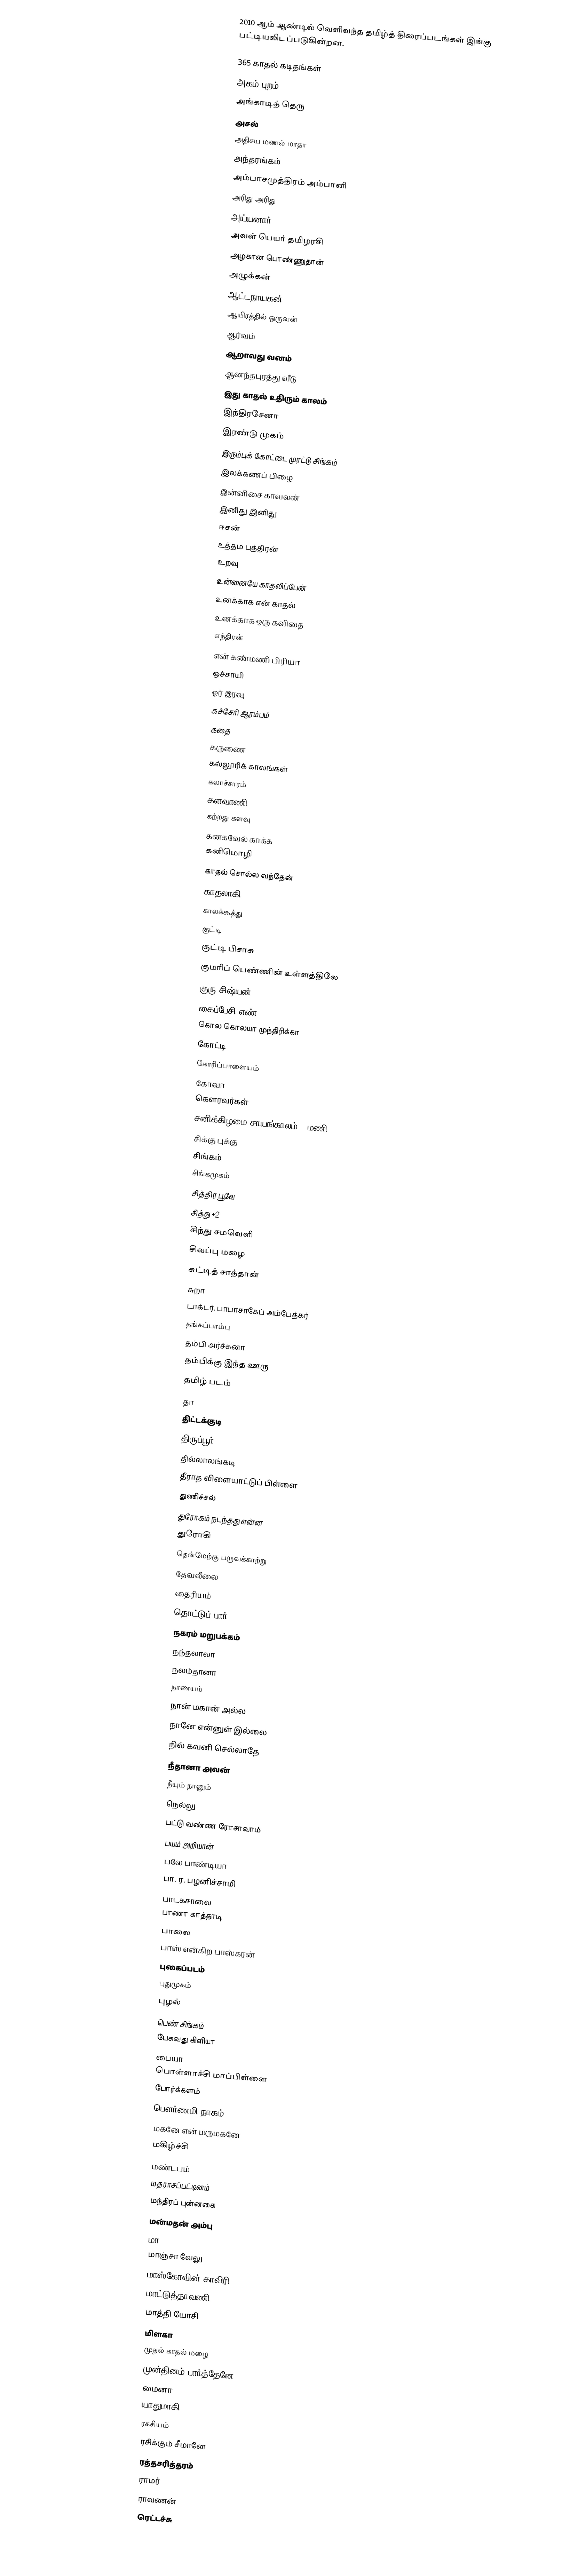
2010 ஆம் ஆண்டில் வெளிவந்த தமிழ்த் திரைப்படங்கள் இங்கு பட்டியலிடப்படுகின்றன.

 365 காதல் கடிதங்கள்
 அகம் புறம்
 அங்காடித் தெரு
 அசல்
 அதிசய மணல் மாதா
 அந்தரங்கம்
 அம்பாசமுத்திரம் அம்பானி
 அரிது அரிது
 அய்யனார்
 அவள் பெயர் தமிழரசி
 அழகான பொண்ணுதான்
 அழுக்கன்
 ஆட்டநாயகன்
 ஆயிரத்தில் ஒருவன்
 ஆர்வம்
 ஆறாவது வனம்
 ஆனந்தபுரத்து வீடு
 இது காதல் உதிரும் காலம்
 இந்திரசேனா
 இரண்டு முகம்
 இரும்புக் கோட்டை முரட்டு சிங்கம்
 இலக்கணப் பிழை
 இன்னிசை காவலன்
 இனிது இனிது
 ஈசன்
 உத்தம புத்திரன்
 உறவு
 உன்னையே காதலிப்பேன்
 உனக்காக என் காதல்
 உனக்காக ஒரு கவிதை
 எந்திரன்
 என் கண்மணி பிரியா
 ஒச்சாயி
 ஓர் இரவு
 கச்சேரி ஆரம்பம்
 கதை
 கருணை
 கல்லூரிக் காலங்கள்
 கலாச்சாரம்
 களவாணி
 கற்றது களவு
 கனகவேல் காக்க
 கனிமொழி
 காதல் சொல்ல வந்தேன்
 காதலாகி
 காலக்கூத்து
 குட்டி
 குட்டி பிசாசு
 குமரிப் பெண்ணின் உள்ளத்திலே
 குரு சிஷ்யன்
 கைப்பேசி எண்
 கொல கொலயா முந்திரிக்கா
 கோட்டி
 கோரிப்பாளையம்
 கோவா
 கௌரவர்கள்
 சனிக்கிழமை சாயங்காலம் 5 மணி
 சிக்கு புக்கு
 சிங்கம்
 சிங்கமுகம்
 சித்திர பூவே
 சித்து +2
 சிந்து சமவெளி
 சிவப்பு மழை
 சுட்டித் சாத்தான்
 சுறா
 டாக்டர். பாபாசாகேப் அம்பேத்கர்
 தங்கப்பாம்பு
 தம்பி அர்ச்சுனா
 தம்பிக்கு இந்த ஊரு
 தமிழ் படம்
 தா
 திட்டக்குடி
 திருப்பூர்
 தில்லாலங்கடி
 தீராத விளையாட்டுப் பிள்ளை
 துணிச்சல்
 துரோகம் நடந்தது என்ன
 துரோகி
 தென்மேற்கு பருவக்காற்று
 தேவலீலை
 தைரியம்
 தொட்டுப் பார்
 நகரம் மறுபக்கம்
 நந்தலாலா
 நலம்தானா
 நாணயம்
 நான் மகான் அல்ல
 நானே என்னுள் இல்லை
 நில் கவனி செல்லாதே
 நீதானா அவன்
 நீயும் நானும்
 நெல்லு
 பட்டு வண்ண ரோசாவாம்
 பயம் அறியான்
 பலே பாண்டியா
 பா. ர. பழனிச்சாமி
 பாடகசாலை
 பாணா காத்தாடி
 பாலை
 பாஸ் என்கிற பாஸ்கரன்
 புகைப்படம்
 புதுமுகம்
 புழல்
 பெண் சிங்கம்
 பேசுவது கிளியா
 பையா
 பொள்ளாச்சி மாப்பிள்ளை
 போர்க்களம்
 பௌர்ணமி நாகம்
 மகனே என் மருமகனே
 மகிழ்ச்சி
 மண்டபம்
 மதராசப்பட்டினம்
 மந்திரப் புன்னகை
 மன்மதன் அம்பு
 மா
 மாஞ்சா வேலு
 மாஸ்கோவின் காவிரி
 மாட்டுத்தாவணி
 மாத்தி யோசி
 மிளகா
 முதல் காதல் மழை
 முன்தினம் பார்த்தேனே
 மைனா
 யாதுமாகி
 ரகசியம்
 ரசிக்கும் சீமானே
 ரத்தசரித்தரம்
 ராமர்
 ராவணன்
 ரெட்டச்சு